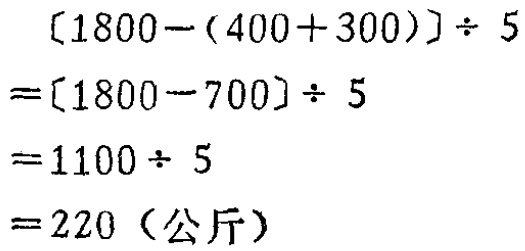
\[
\begin{align*}
[1800-(400 + 300)]\div 5&=[1800 - 700]\div 5\\
&=1100\div 5\\
&=220（\text{公斤}）
\end{align*}
\]